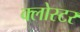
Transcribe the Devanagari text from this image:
क्लोस्टर